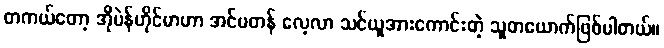
တကယ်တော့ အိုပဲန်ဟိုင်မာဟာ အင်မတန် လေ့လာ သင်ယူအားကောင်းတဲ့ သူတယောက်ဖြစ်ပါတယ်။